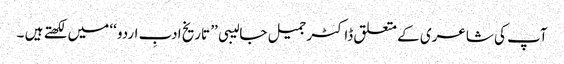
آپ کی شاعری کے متعلق ڈاکٹر جمیل جالیبی ’’ تاریخ ادبِ اردو ‘‘ میں لکھتے ہیں ۔